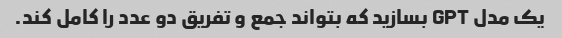
یک مدل GPT بسازید که بتواند جمع و تفریق دو عدد را کامل کند.